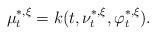
LaTeX: \begin{align*}\mu_t^{*,\xi}=k(t,\nu_t^{*,\xi},\varphi_t^{*,\xi}).\end{align*}